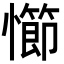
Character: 㦢